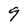
Character: 9